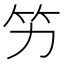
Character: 竻